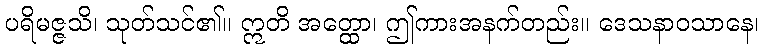
ပရိမဇ္ဇသိ၊ သုတ်သင်၏။ ဣတိ အတ္ထော၊ ဤကားအနက်တည်း။ ဒေသနာဝသာနေ၊